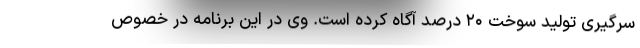
سرگیری تولید سوخت ۲۰ درصد آگاه کرده است. وی در این برنامه در خصوص